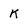
Character: K